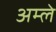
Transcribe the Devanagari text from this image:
अम्‍ले